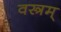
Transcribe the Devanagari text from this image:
वस्त्रम्‌